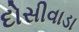
દોસીવાડા